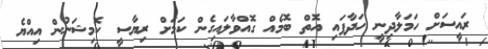
ރައީސަށް ހަމަލާދިނީ ހަދާފައި އޮތް ބޮމެއް ގޮއްވާލައިގެން ކަމަށް ރިޔާސީ ކޮމިޝަނުން އިއްޔެ